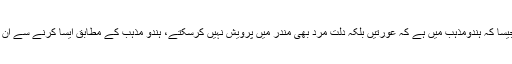
اسلام میں ایسا بالکل نہیں ہے جیسا کہ ہندومذہب میں ہے کہ عورتیں بلکہ دلت مرد بھی مندر میں پرویش نہیں کرسکتے، ہندو مذہب کے مطابق ایسا کرنے سے ان کے دیوتا ناراض ہوجاتے ہیں۔